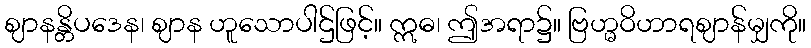
ဈာနန္တိပဒေန၊ ဈာန ဟူသောပါဌ်ဖြင့်။ ဣဓ၊ ဤအရာ၌။ ဗြဟ္မဝိဟာရဈာန်မျှကို။